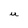
Character: U